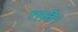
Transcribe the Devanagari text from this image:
गावे।